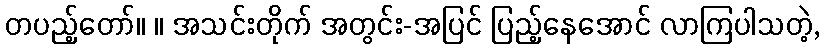
တပည့်တော်။ ။ အသင်းတိုက် အတွင်း-အပြင် ပြည့်နေအောင် လာကြပါသတဲ့,